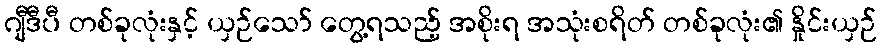
ဂျီဒီပီ တစ်ခုလုံးနှင့် ယှဉ်သော် တွေ့ရသည့် အစိုးရ အသုံးစရိတ် တစ်ခုလုံး၏ နှိုင်းယှဉ်